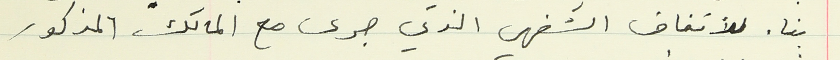
بناء للأتفاق الشفهي الذي جرى مع المالك المذكور